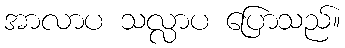
အာလာပ သလ္လာပ ပြောသည်။